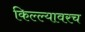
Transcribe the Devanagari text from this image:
किल्ल्यावरच